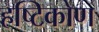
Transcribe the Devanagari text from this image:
हष्टिकोण